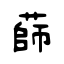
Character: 蒒